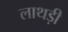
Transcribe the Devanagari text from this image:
लाथड़ी